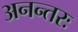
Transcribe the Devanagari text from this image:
अनन्तरः